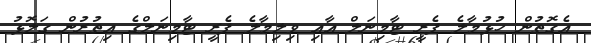
އެގޮތުން ހުޅުމާލެ ފެރީ ޓާމިނަލް އާއި ވިލިމާލެ ފެރީ ޓާމިނަލްގެ އިތުރުން ގަލޮޅު